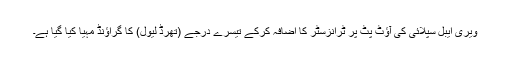
ویری ایبل سپلائی کی آؤٹ پٹ پر ٹرانزسٹر کا اضافہ کرکے تیسرے درجے (تھرڈ لیول) کا گراؤنڈ مہیا کیا گیا ہے۔